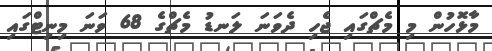
މާޅޮހުން މި މެޗްގައި ޖެހި ދެވަނަ ލަނޑު މެޗްގެ 68 ވަނަ މިނިޓްގައި